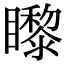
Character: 𥌛